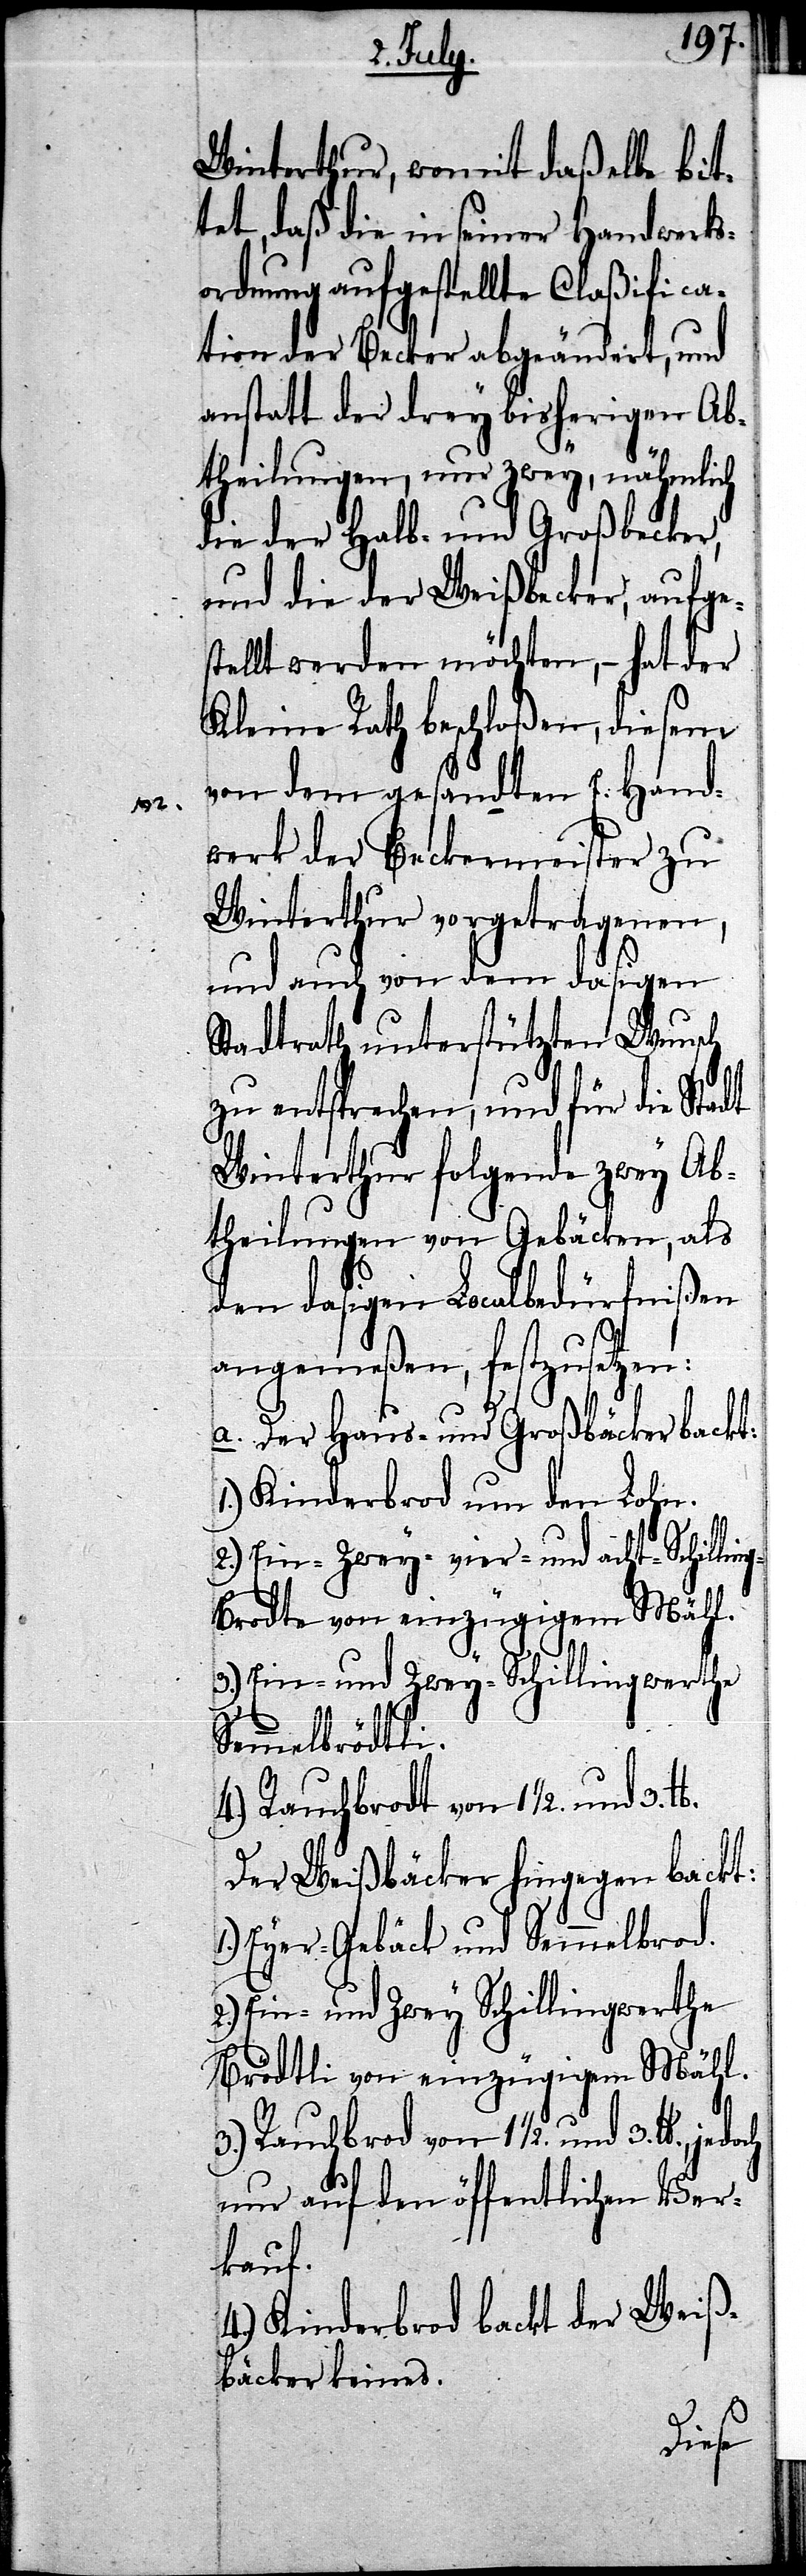
3. lb.
Winterthur, womit daßelbe bit¬
tet, daß die in seiner Handwerks¬
ordnung aufgestellte Claßifica¬
tion der Becker abgeändert, und
anstatt der drey bisherigen Ab¬
theilungen, nur zwey, nähmlich
die der Halb- und Großbecker,
und die der Weißbecker, aufges¬
tellt werden möchten, – hat der
Kleine Rath beschloßen, diesem
von dem gesandten E. Hand¬
werk der Beckermeister zu
Winterthur vorgetragenen,
und auch von dem dasigen
Stadtrath unterstützen Wunsch
zu entsprechen, und für die Stadt
Winterthur folgende zwey Ab¬
theilungen von Gebäcken, als
den dasigen Localbedürfnißen
angemeßen, festzusetzen:
a. Der Haus- und Großbäcker backt:
1.) Kinderbrod um den Lohn.
2.) Ein- Zwey- vier- und acht-Schillin¬
gbrodte von einzügigem Mähl.
3.) Ein- und Zwey-Schillingwerthe
Semmelbrödtli.
4.) Rauchbrodt von 11/2. und
Der Weißbäcker hingegen backt:
Eyer-Gebäck und Semmelbrod.
2.) Ein- und Zwey Schilingwerthe
Brödtli von einzügigem Mähl.
1.)
3.) Rauchbrod von 11/2. und 3.l b.,
nur auf den öffentlichen Ver¬
kauf.
4.) Kinderbrod backt der Weiß¬
bäcker keines.